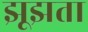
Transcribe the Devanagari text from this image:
झूझता